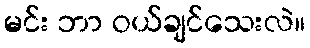
မင်း ဘာ ဝယ်ချင်သေးလဲ။